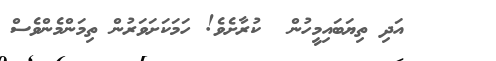
١٢٢    އަދި ތިޔަބައިމީހުން  ކުރާށެވެ! ހަމަކަށަވަރުން ތިމަންމެންވެސް